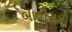
બાવીસમી